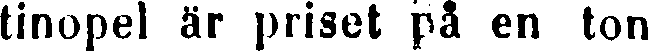
tinopel är priset på en ton